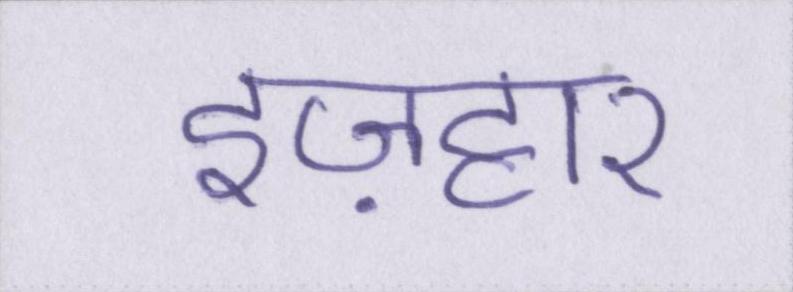
इज़हार